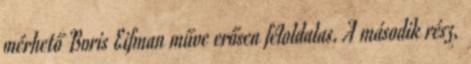
mérhető Boris Eifman műve erősen féloldalas. A második rész,